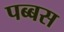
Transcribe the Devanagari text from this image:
पब्बस